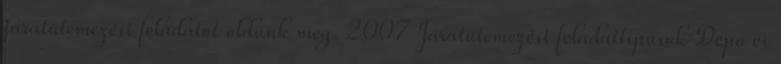
járatütemezési feladatot oldunk meg. 2007 Járatütemezési feladattípusok Depó és